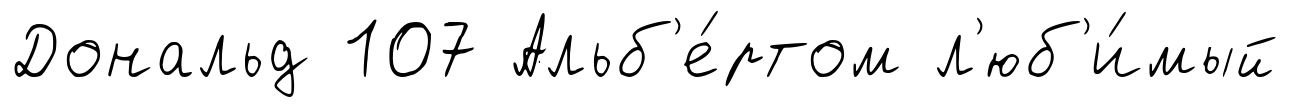
Дональд 107 Альб'е́ртом л'юб'и́мый